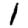
Digit: 1